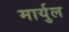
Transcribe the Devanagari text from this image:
मार्युल